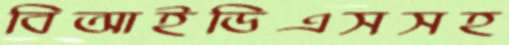
বিআইডিএসসহ